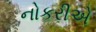
નોકરીએ